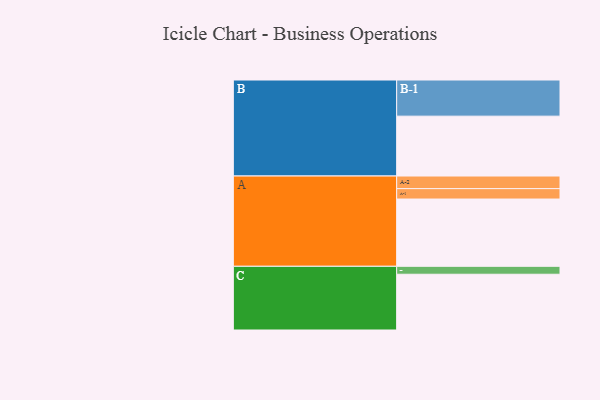
{"axis": {"x": "Segment", "y": "Value"}, "legend": ["", "A", "B", "C"], "data": [{"x": "A", "y": 491, "type": ""}, {"x": "B", "y": 437, "type": ""}, {"x": "C", "y": 407, "type": ""}, {"x": "A-1", "y": 76, "type": "A"}, {"x": "A-2", "y": 92, "type": "A"}, {"x": "B-1", "y": 264, "type": "B"}, {"x": "C-1", "y": 58, "type": "C"}]}